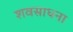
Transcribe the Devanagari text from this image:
शवसाधना